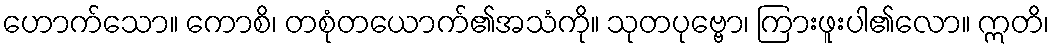
ဟောက်သော။ ကောစိ၊ တစုံတယောက်၏အသံကို။ သုတပုဗ္ဗော၊ ကြားဖူးပါ၏လော။ ဣတိ၊